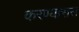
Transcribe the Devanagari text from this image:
करण्यारास